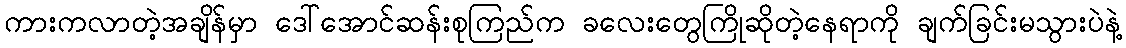
ကားကလာတဲ့အချိန်မှာ ဒေါ်အောင်ဆန်းစုကြည်က ခလေးတွေကြိုဆိုတဲ့နေရာကို ချက်ခြင်းမသွားပဲနဲ့